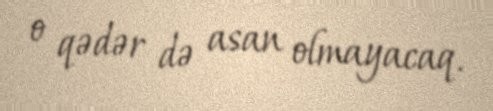
o qədər də asan olmayacaq.